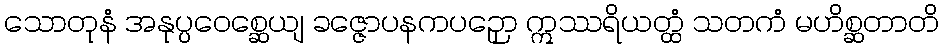
သောတုနံ အနုပ္ပဝေစ္ဆေယျ ခဇ္ဇောပနကပဉှော ဣဿရိယတ္ထံ သတကံ မဟိစ္ဆတာတိ